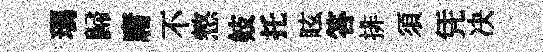
瑪歸庸不憗妓托眩答排須凭决